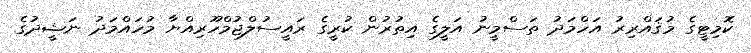
ކޮމިޓީގެ މުޤައްރިރު އަހްމަދު ތަސްމީނު އަލީގެ އިތުރުން ކުރީގެ ރައީސުލްޖުމްހޫރިއްޔާ މުހައްމަދު ނަޝީދުގެ